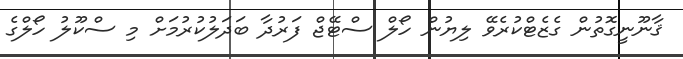
ޤާނޫނީގޮތުން ގެޒެޓްކުރެވޭ ލިޔުން ހޯލް ސްޓޭޖް ފަރުދާ ބަދަލުކުރުމަށް މި ސްކޫލު ހޯލްގެ